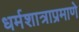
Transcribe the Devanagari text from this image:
धर्मशात्राप्रमाणे